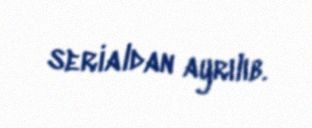
serialdan ayrılıb.